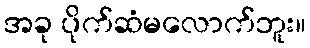
အခု ပိုက်ဆံမလောက်ဘူး။